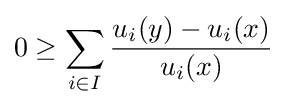
0\geq \sum _{i\in I}{\frac {u_{i}(y)-u_{i}(x)}{u_{i}(x)}}